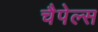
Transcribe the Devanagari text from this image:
चैपेल्स